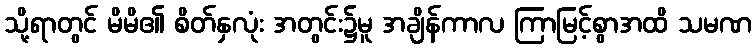
သို့ရာတွင် မိမိ၏ စိတ်နှလုံး အတွင်း၌မူ အချိန်ကာလ ကြာမြင့်စွာအထိ သမဏ